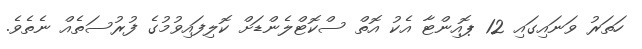
ހަތަރު ވަނައިގައި 12 ޕޮއިންޓާ އެކު އޮތް ސްކޮޓްލެންޑަށް ކޮލިފައިވުމުގެ ފުުރުސަތެއް ނެތެވެ.